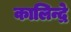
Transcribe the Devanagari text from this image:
कालिन्द्रे